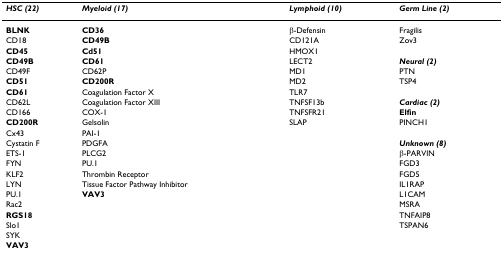
| HSC (22) | Myeloid (17) | Lymphoid (10) | Germ Line (2) |
 | --- | --- | --- | --- |
 | BLNK | CD36 | β-Defensin | Fragilis |
 | CD18 | CD49B | CD121A | Zov3 |
 | CD45 | Cd51 | HMOX1 |  |
 | CD49B | CD61 | LECT2 | Neural (2) |
 | CD49F | CD62P | MD1 | PTN |
 | CD51 | CD200R | MD2 | TSP4 |
 | CD61 | Coagulation Factor X | TLR7 |  |
 | CD62L | Coagulation Factor XIII | TNFSF13b | Cardiac (2) |
 | CD166 | COX-1 | TNFSFR21 | Elfin |
 | CD200R | Gelsolin | SLAP | PINCH1 |
 | Cx43 | PAI-1 |  |  |
 | Cystatin F | PDGFA |  | Unknown (8) |
 | ETS-1 | PLCG2 |  | β-PARVIN |
 | FYN | PU.1 |  | FGD3 |
 | KLF2 | Thrombin Receptor |  | FGD5 |
 | LYN | Tissue Factor Pathway Inhibitor |  | IL1RAP |
 | PU.1 | VAV3 |  | L1CAM |
 | Rac2 |  |  | MSRA |
 | RGS18 |  |  | TNFAIP8 |
 | Slo1 |  |  | TSPAN6 |
 | SYK |  |  |  |
 | VAV3 |  |  |  |